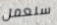
سنعمل